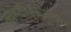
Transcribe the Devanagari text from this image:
कागदीपुर्‍यातल्या